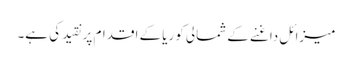
میزائل داغنے کے شمالی کوریا کے اقدام پر نقید کی ہے۔